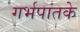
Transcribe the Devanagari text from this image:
गर्भपातके